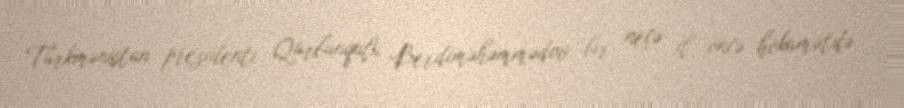
Türkmənistan prezidenti Qurbanqulu Berdiməhəmmədov bir neçə il öncə hökumətdə